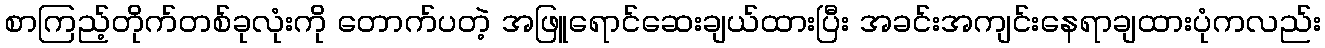
စာကြည့်တိုက်တစ်ခုလုံးကို တောက်ပတဲ့ အဖြူရောင်ဆေးချယ်ထားပြီး အခင်းအကျင်းနေရာချထားပုံကလည်း